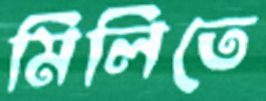
মিলিতে